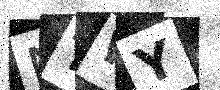
Text: NTWY